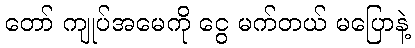
တော် ကျုပ်အမေကို ငွေ မက်တယ် မပြောနဲ့